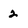
Character: 2